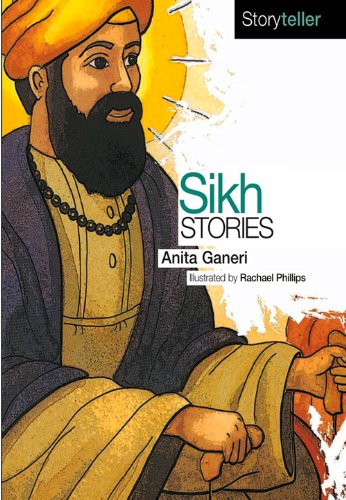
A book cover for Sikh Stories (Storyteller); Anita Ganeri; Religion & Spirituality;